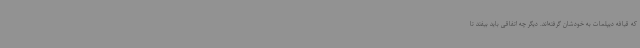
که قیافه دیپلمات به خودشان گرفته‌اند. دیگر چه اتفاقی باید بیفتد تا